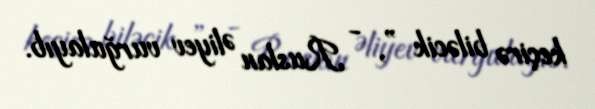
keçirə biləcik ”, - Ruslan Əliyev vurğulayıb.